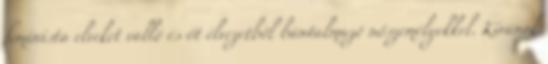
feminista elveket valló és őt élvezetből bántalmazó nőszemélyekkel. Kívánok